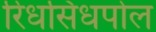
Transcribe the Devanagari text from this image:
रिधसिधपोल